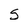
Character: S